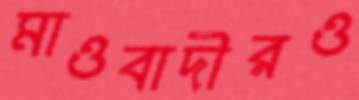
মাওবাদীরও